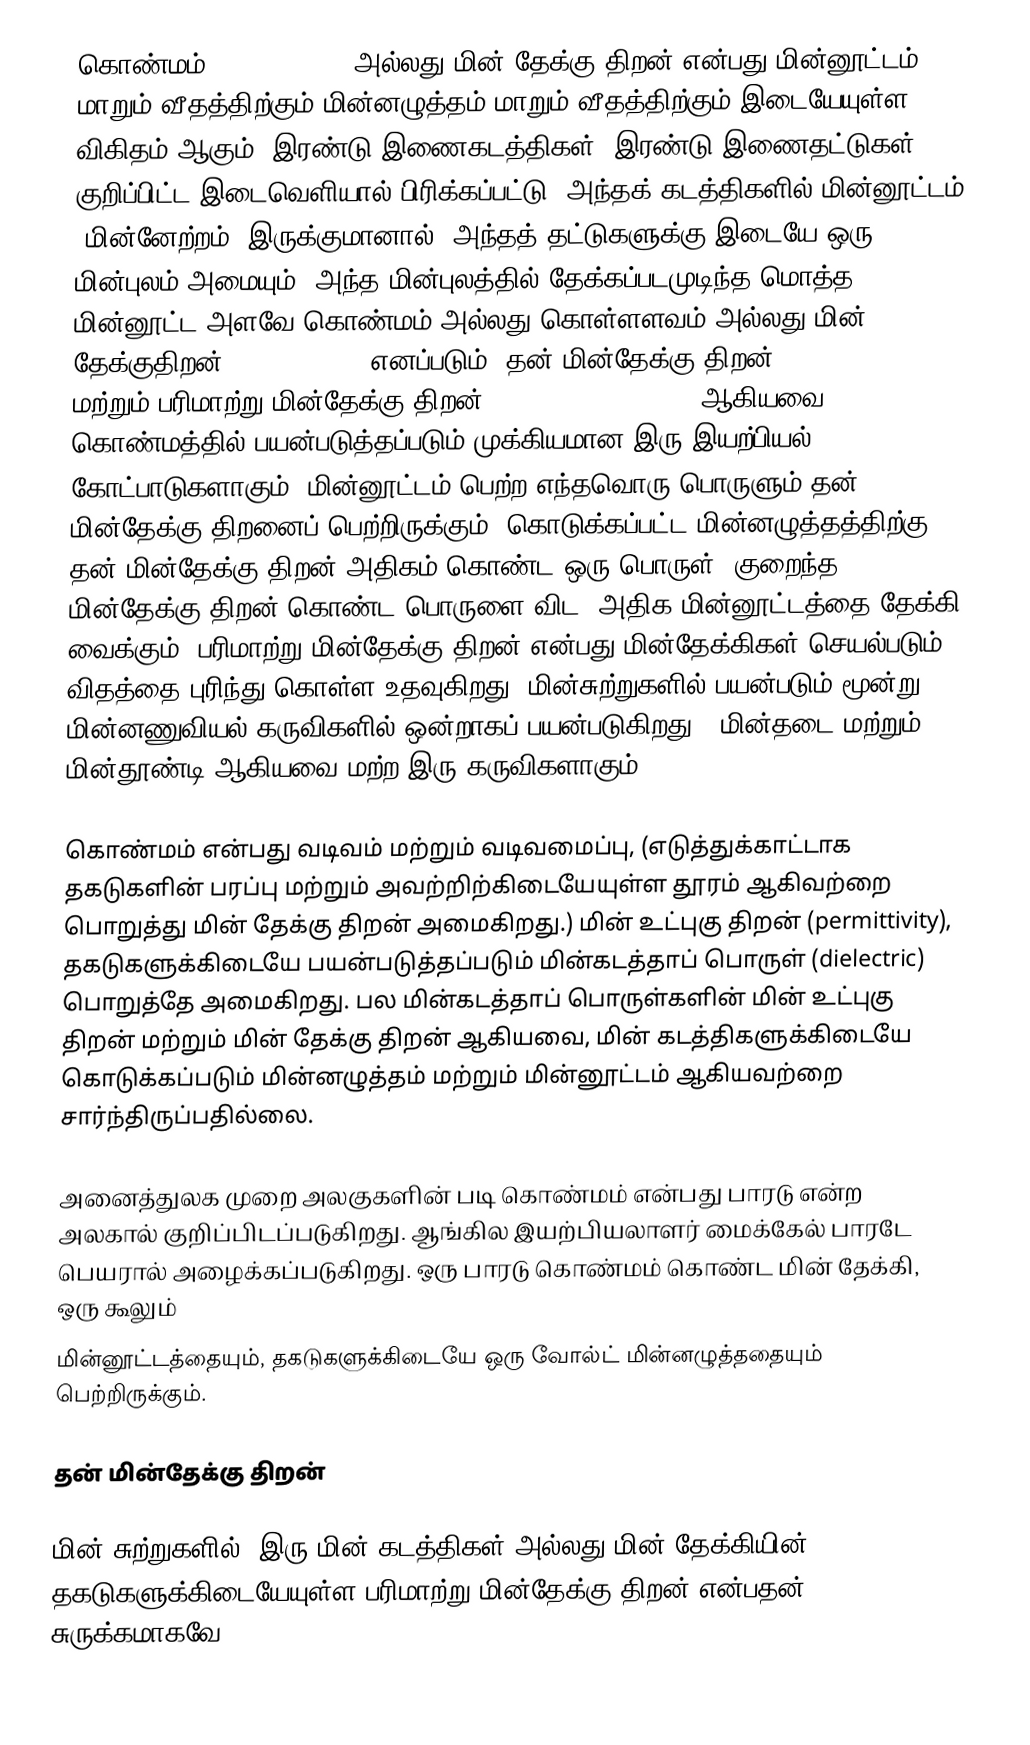
கொண்மம் (Capacitance) அல்லது மின் தேக்கு திறன் என்பது மின்னூட்டம் மாறும் வீதத்திற்கும் மின்னழுத்தம் மாறும் வீதத்திற்கும் இடையேயுள்ள விகிதம் ஆகும். இரண்டு இணைகடத்திகள் (இரண்டு இணைதட்டுகள்) குறிப்பிட்ட இடைவெளியால் பிரிக்கப்பட்டு, அந்தக் கடத்திகளில் மின்னூட்டம் (மின்னேற்றம்) இருக்குமானால், அந்தத் தட்டுகளுக்கு இடையே ஒரு மின்புலம் அமையும். அந்த மின்புலத்தில் தேக்கப்படமுடிந்த மொத்த மின்னூட்ட அளவே கொண்மம் அல்லது கொள்ளளவம் அல்லது மின் தேக்குதிறன் (Capacitance) எனப்படும். தன் மின்தேக்கு திறன் (self capacitance) மற்றும் பரிமாற்று மின்தேக்கு திறன் (mutual capacitance)  ஆகியவை கொண்மத்தில் பயன்படுத்தப்படும் முக்கியமான இரு இயற்பியல் கோட்பாடுகளாகும். மின்னூட்டம் பெற்ற எந்தவொரு பொருளும் தன் மின்தேக்கு திறனைப் பெற்றிருக்கும். கொடுக்கப்பட்ட மின்னழுத்தத்திற்கு, தன் மின்தேக்கு திறன் அதிகம் கொண்ட ஒரு பொருள், குறைந்த மின்தேக்கு திறன் கொண்ட பொருளை விட,  அதிக மின்னூட்டத்தை தேக்கி வைக்கும். பரிமாற்று மின்தேக்கு திறன் என்பது மின்தேக்கிகள் செயல்படும் விதத்தை புரிந்து கொள்ள உதவுகிறது. மின்சுற்றுகளில் பயன்படும் மூன்று மின்னணுவியல் கருவிகளில் ஒன்றாகப் பயன்படுகிறது. (மின்தடை மற்றும் மின்தூண்டி ஆகியவை மற்ற இரு கருவிகளாகும்.)

கொண்மம் என்பது வடிவம் மற்றும் வடிவமைப்பு, (எடுத்துக்காட்டாக தகடுகளின் பரப்பு மற்றும் அவற்றிற்கிடையேயுள்ள தூரம் ஆகிவற்றை பொறுத்து மின் தேக்கு திறன் அமைகிறது.) மின் உட்புகு திறன் (permittivity), தகடுகளுக்கிடையே பயன்படுத்தப்படும் மின்கடத்தாப் பொருள் (dielectric) பொறுத்தே அமைகிறது. பல மின்கடத்தாப் பொருள்களின் மின் உட்புகு திறன் மற்றும் மின் தேக்கு திறன் ஆகியவை, மின் கடத்திகளுக்கிடையே கொடுக்கப்படும் மின்னழுத்தம் மற்றும் மின்னூட்டம் ஆகியவற்றை சார்ந்திருப்பதில்லை.

அனைத்துலக முறை அலகுகளின் படி கொண்மம் என்பது பாரடு என்ற அலகால் குறிப்பிடப்படுகிறது. ஆங்கில இயற்பியலாளர் மைக்கேல் பாரடே பெயரால் அழைக்கப்படுகிறது. ஒரு பாரடு கொண்மம் கொண்ட மின் தேக்கி, ஒரு கூலும்
மின்னூட்டத்தையும், தகடுகளுக்கிடையே ஒரு வோல்ட் மின்னழுத்ததையும் பெற்றிருக்கும்.

தன் மின்தேக்கு திறன்

மின் சுற்றுகளில், இரு மின் கடத்திகள் அல்லது மின் தேக்கியின் தகடுகளுக்கிடையேயுள்ள பரிமாற்று மின்தேக்கு திறன் என்பதன் சுருக்கமாகவே